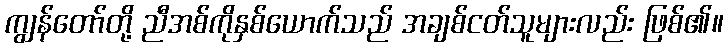
ကျွန်တော်တို့ ညီအစ်ကိုနှစ်ယောက်သည် အချစ်ငတ်သူများလည်း ဖြစ်၏။